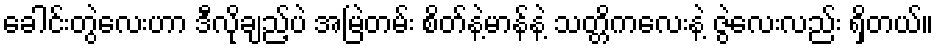
ခေါင်းတွဲလေးဟာ ဒီလိုချည့်ပဲ အမြဲတမ်း စိတ်နဲ့မာန်နဲ့ သတ္တိကလေးနဲ့ ဇွဲလေးလည်း ရှိတယ်။